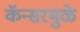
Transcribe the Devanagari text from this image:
कॅन्सरमुळे